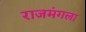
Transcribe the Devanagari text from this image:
राजमंगला